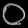
Digit: ၀